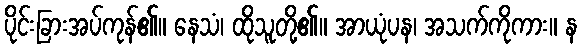
ပိုင်းခြားအပ်ကုန်၏။ နေသံ၊ ထိုသူတို့၏။ အာယုံပန၊ အသက်ကိုကား။ န